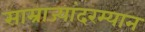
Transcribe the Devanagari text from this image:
साम्राज्यांदरम्यान